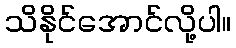
သိနိုင်အောင်လို့ပါ။